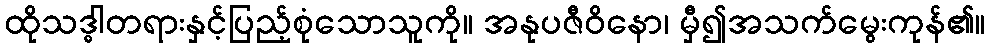
ထိုသဒ္ဓါတရားနှင့်ပြည့်စုံသောသူကို။ အနုပဇီဝိနော၊ မှီ၍အသက်မွေးကုန်၏။